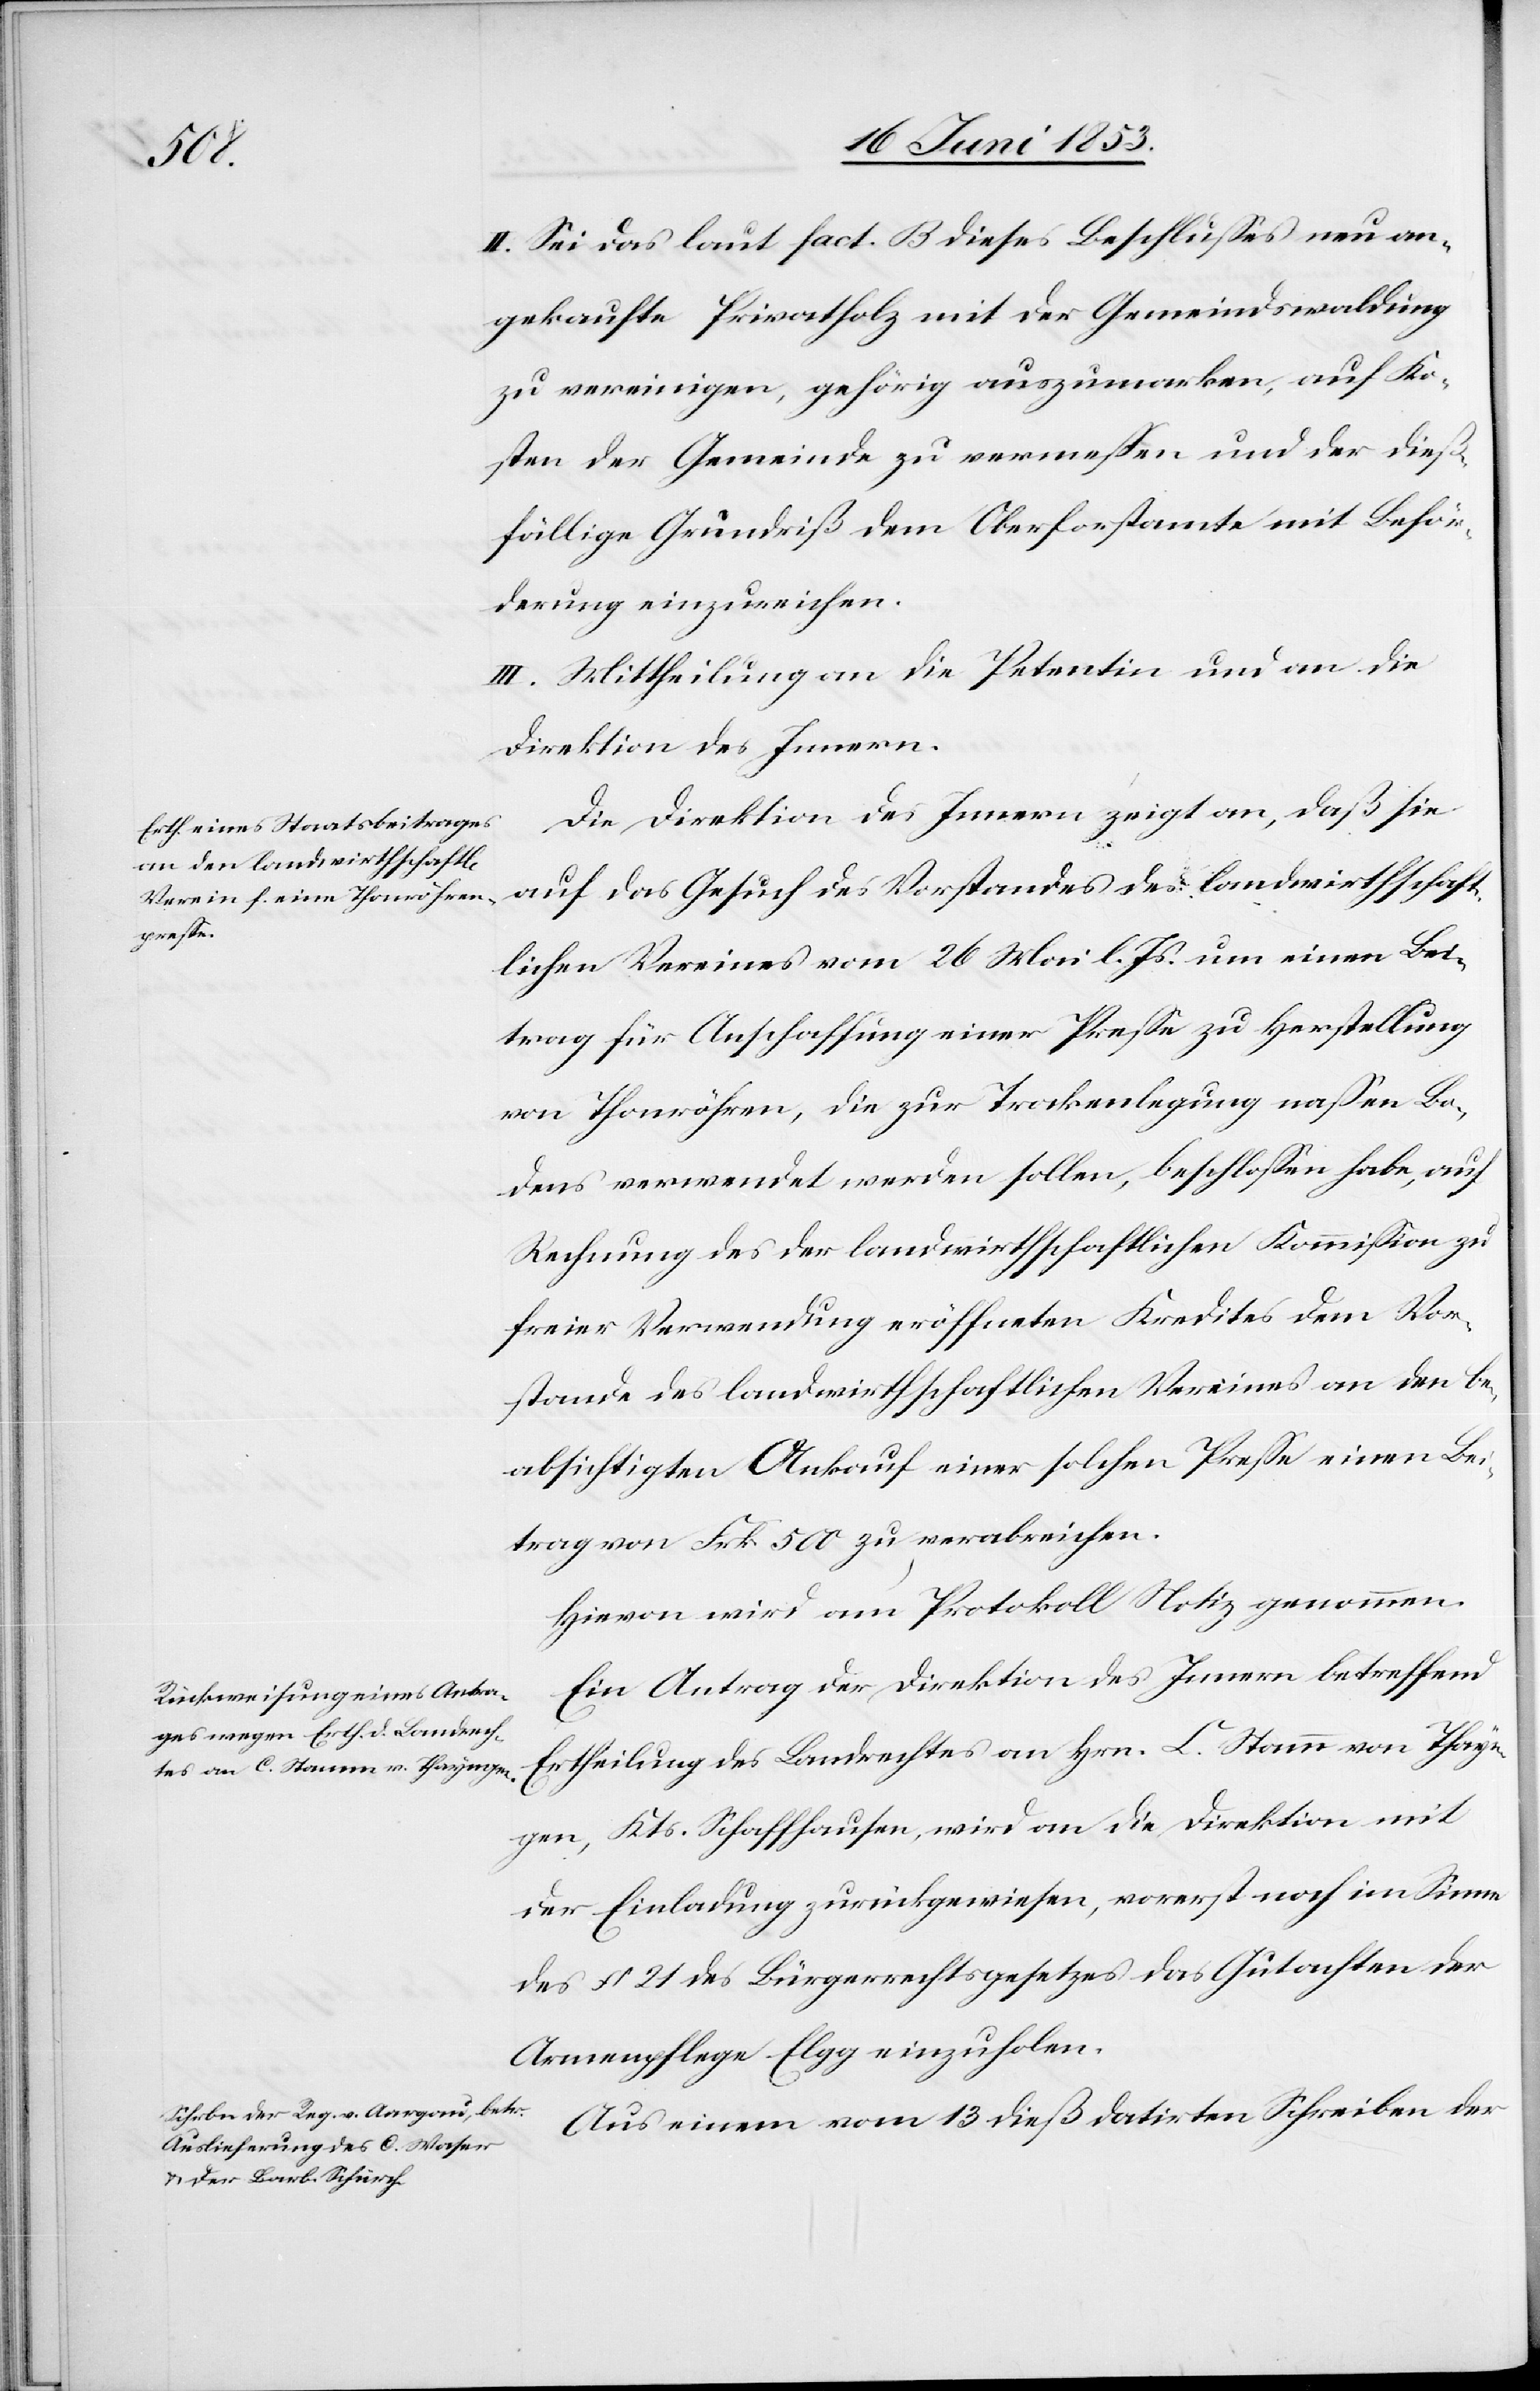
II. Sei das laut fact. B dieses Beschlußes neu an¬
gekaufte Privatholz mit der Gemeindswaldung
zu vereinigen, gehörig auszumarken, auf Ko¬
sten der Gemeinde zu vermeßen und der dieß¬
fällige Grundriß dem Oberforstamte mit Beför¬
derung einzureichen.
II. Mittheilungen an die Petentin und an die
Direktion des Innern.
Die Direktion des Innern zeigt an, daß sie
auf das Gesuch des Vorstandes des landwirthschaft¬
lichen Vereines vom 26 Mai l. Js. um einen Bei¬
trag für Anschaffung einer Preße zur Herstellung
von Thonröhren, die zur Trockenlegung naßen Bo¬
dens verwendet werden sollen, beschloßen habe, auf
Rechnung des der landwirthschaftlichen Kommißion zu
freier Verwendung eröffneten Kredites dem Vor¬
stande des landwirthschaftlichen Vereines an den be¬
absichtigten Ankauf einer solchen Preße einen Bei¬
trag von Frk. 500 zu verabreichen.
Hievon wird am Protokoll Notiz genommen.
Ein Antrag der Direktion des Innern betreffend
Ertheilung des Landrechtes an Hrn. C. Stamm von Thayn¬
gen, Kts. Schaffhausen, wird an die Direktion mit
der Einladung zurückgewiesen, vorerst im Sinne
des § 21 des Bürgerrechtsgesetzes das Gutachten der
Armenpflege Elgg einzuholen.
Aus einem vom 13 dieß datirten Schreiben der